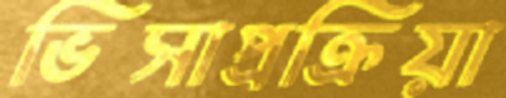
ভিসাপ্রক্রিয়া